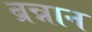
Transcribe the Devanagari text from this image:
ब्रन्नान